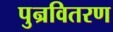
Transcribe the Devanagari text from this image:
पुन्रवितरण